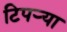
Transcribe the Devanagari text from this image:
टिपऱ्या